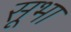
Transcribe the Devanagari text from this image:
सूभा